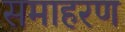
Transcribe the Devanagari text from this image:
समाहरण